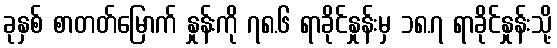
ခုနှစ် စာတတ်မြောက် နှုန်းကို ၇၈.၆ ရာခိုင်နှုန်းမှ ၁၈.၇ ရာခိုင်နှုန်းသို့